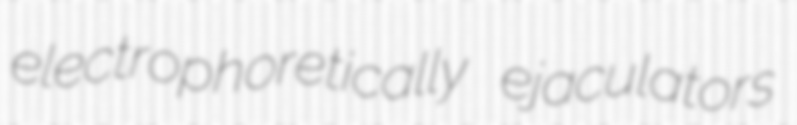
electrophoretically ejaculators